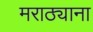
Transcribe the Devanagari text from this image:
मराठ्याना